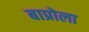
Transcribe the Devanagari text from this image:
बाप्रोला